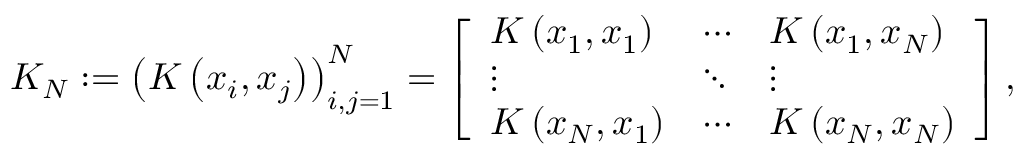
K _ { N } : = \left( K \left( x _ { i } , x _ { j } \right) \right) _ { i , j = 1 } ^ { N } = \left[ \begin{array} { l l l } { K \left( x _ { 1 } , x _ { 1 } \right) } & { \cdots } & { K \left( x _ { 1 } , x _ { N } \right) } \\ { \vdots } & { \ddots } & { \vdots } \\ { K \left( x _ { N } , x _ { 1 } \right) } & { \cdots } & { K \left( x _ { N } , x _ { N } \right) } \end{array} \right] ,